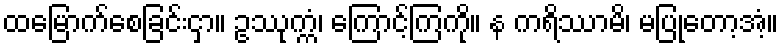
ထမြောက်စေခြင်းငှာ။ ဥဿုက္ကံ၊ ကြောင့်ကြကို။ န ကရိဿာမိ၊ မပြုတော့အံ့။